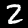
Label: 2